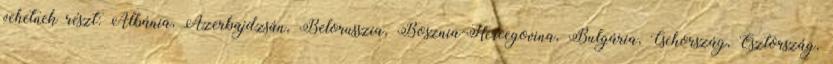
vehetnek részt: Albánia, Azerbajdzsán, Belorusszia, Bosznia-Hercegovina, Bulgária, Csehország, Észtország,